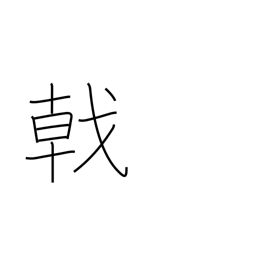
Meaning: halbert